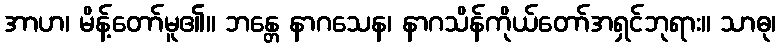
အာဟ၊ မိန့်တော်မူ၏။ ဘန္တေ နာဂသေန၊ နာဂသိန်ကိုယ်တော်အရှင်ဘုရား။ သာဓု၊